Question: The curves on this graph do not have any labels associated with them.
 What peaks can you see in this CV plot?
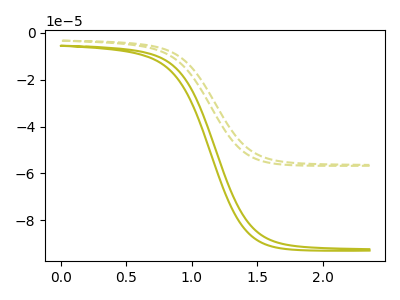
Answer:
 <answer>The olive curve "olive" has no peaks. The olive dashed curve "olive dashed" has no peaks.</answer>
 <eval></eval>